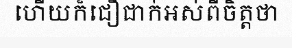
ហើយក៏ជឿជាក់អស់ពីចិត្តថា